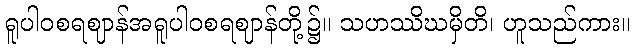
ရူပါဝစရဈာန်အရူပါဝစရဈာန်တို့၌။ သဟဿိဃမှိတိ၊ ဟူသည်ကား။